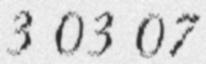
3 03 07